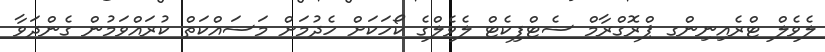
ލެވެލް ޓްރެއިނިންގ ޕްރޮގްރާމް ސެޓްފިކެޓް ލެވެލްގެ ކޯހަކަށް ހެދުމަށް މަސައްކަތް ކުރައްވަމުން ގެންދަވާ